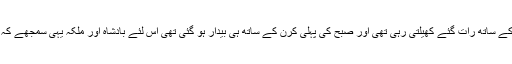
کل شب وہ اپنی ہم جولیوں کے ساتھ رات گئے کھیلتی رہی تھی اور صبح کی پہلی کرن کے ساتھ ہی بیدار ہو گئی تھی اس لئے بادشاہ اور ملکہ یہی سمجھے کہ شہزادی کو نیند آ گئی ہے۔